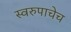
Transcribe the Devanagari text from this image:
स्वरुपाचेच